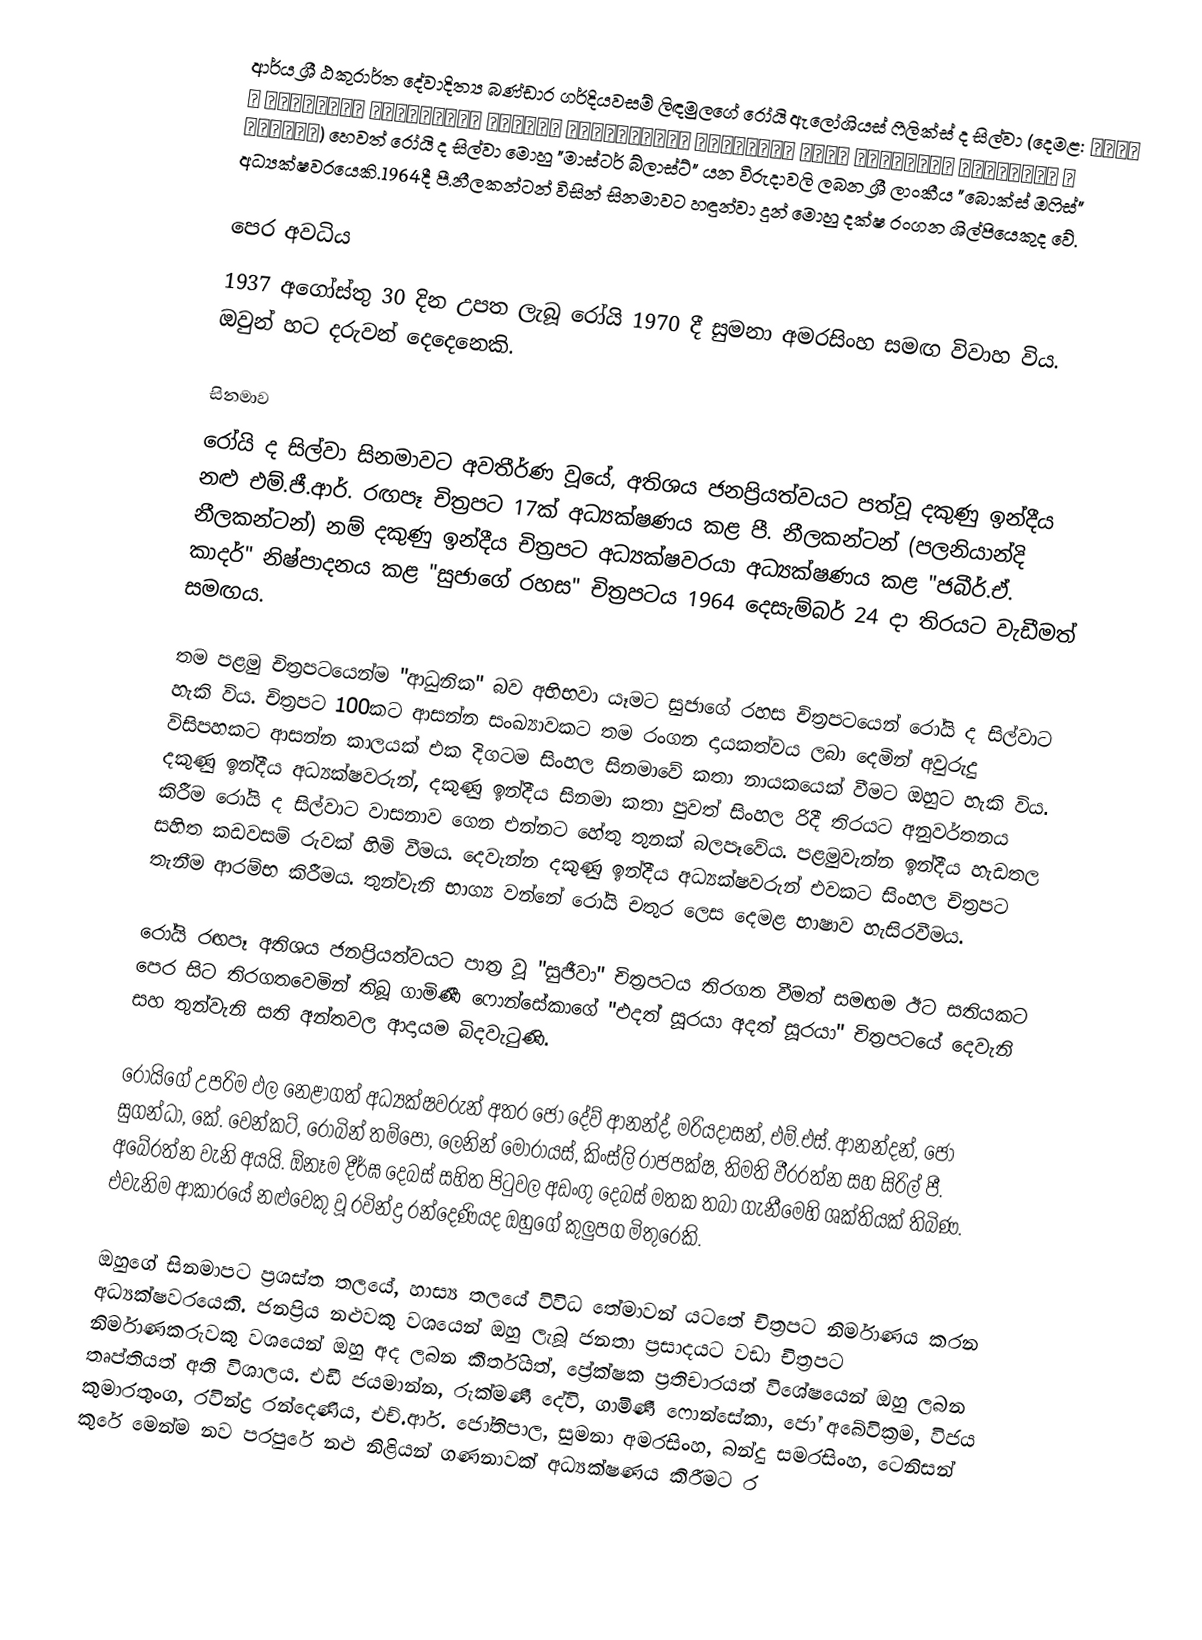
ආර්ය ශ්‍රී ඨකුරාර්ත දේවාදිත්‍ය බණ්ඩාර ගර්දියවසම් ලිඳමුලගේ රෝයි ඇලෝශියස් ෆීලික්ස් ද සිල්වා (දෙමළ: ஆரயா இ தகுரார்த தேவாதித்ய பள்டார கர்தியவசம் லிதமுளகே ரோயீ அலோசியச் பீளிக்ச் த சில்வா)  හෙවත් රෝයි ද සිල්වා මොහු "මාස්ටර් බ්ලාස්ට්" යන විරුදාවලි ලබන ශ්‍රී ලාංකීය "බොක්ස් ඔෆිස්" අධ්‍යක්ෂවරයෙකි.1964දී පී.නීලකන්ටන් විසින් සිනමාවට හඳුන්වා දුන් මොහු දක්ෂ රංගන ශිල්පියෙකුද වේ.

පෙර අවධිය
1937 අගෝස්තු 30 දින උපත ලැබූ රෝයි 1970 දී සුමනා අමරසිංහ සමඟ විවාහ විය. ඔවුන් හට දරුවන් දෙදෙනෙකි.

සිනමාව
රෝයි ද සිල්වා සිනමාවට අවතීර්ණ වූයේ, අතිශය ජනප්‍රියත්වයට පත්වූ දකුණු ඉන්දීය නළු එම්.ජී.ආර්. රඟපෑ චිත්‍රපට 17ක් අධ්‍යක්ෂණය කළ පී. නීලකන්ටන් (පලනියාන්දි නීලකන්ටන්) නම් දකුණු ඉන්දීය චිත්‍රපට අධ්‍යක්ෂවරයා අධ්‍යක්ෂණය කළ "ජබීර්.ඒ. කාදර්" නිෂ්පාදනය කළ "සුජාගේ රහස" චිත්‍රපටය 1964 දෙසැම්බර් 24 දා තිරයට වැඩීමත් සමඟය.

තම පළමු චිත්‍රපටයෙන්ම "ආධුනික" බව අභිභවා යෑමට සුජාගේ රහස චිත්‍රපටයෙන් රෝයි ද සිල්වාට හැකි විය. චිත්‍රපට 100කට ආසන්න සංඛ්‍යාවකට තම රංගන දායකත්වය ලබා දෙමින් අවුරුදු විසිපහකට ආසන්න කාලයක් එක දිගටම සිංහල සිනමාවේ කතා නායකයෙක් වීමට ඔහුට හැකි විය. දකුණු ඉන්දීය අධ්‍යක්ෂවරුන්, දකුණු ඉන්දීය සිනමා කතා පුවත් සිංහල රිදී තිරයට අනුවර්තනය කිරීම රෝයි ද සිල්වාට වාසනාව ගෙන එන්නට හේතු තුනක් බලපෑවේය. පළමුවැන්න ඉන්දීය හැඩතල සහිත කඩවසම් රුවක් හිමි වීමය. දෙවැන්න දකුණු ඉන්දීය අධ්‍යක්ෂවරුන් එවකට සිංහල චිත්‍රපට තැනීම ආරම්භ කිරීමය. තුන්වැනි භාග්‍ය වන්නේ රෝයි චතුර ලෙස දෙමළ භාෂාව හැසිරවීමය.

රෝයි රඟපෑ අතිශය ජනප්‍රියත්වයට පාත්‍ර වූ "සුජීවා" චිත්‍රපටය තිරගත වීමත් සමඟම ඊට සතියකට පෙර සිට තිරගතවෙමින් තිබූ ගාමිණී ෆොන්සේකාගේ "එදත් සූරයා අදත් සූරයා" චිත්‍රපටයේ දෙවැනි සහ තුන්වැනි සති අන්තවල ආදායම බිදවැටුණි.

රෝයිගේ උපරිම ඵල නෙළාගත් අධ්‍යක්ෂවරුන් අතර ජෝ දේව් ආනන්ද්, මරියදාසන්, එම්.එස්. ආනන්දන්, ජෝ සුගන්ධා, කේ. වෙන්කට්, රොබින් තම්පෝ, ලෙනින් මොරායස්, කිංස්ලි රාජපක්ෂ, තිමති වීරරත්න සහ සිරිල් පී. අබේරත්න වැනි අයයි. ඕනෑම දීර්ඝ දෙබස් සහිත පිටුවල අඩංගු දෙබස් මතක තබා ගැනීමෙහි ශක්තියක් තිබිණ. එවැනිම ආකාරයේ නළුවෙකු වූ රවින්ද්‍ර රන්දෙණියද ඔහුගේ කුලුපග මිතුරෙකි.

ඔහුගේ සිනමාපට ප්‍රශස්ත තලයේ, හාස්‍ය තලයේ විවිධ තේමාවන් යටතේ චිත්‍රපට නිර්මාණය කරන අධ්‍යක්ෂවරයෙකි. ජනප්‍රිය නළුවකු වශයෙන් ඔහු ලැබූ ජනතා ප්‍රසාදයට වඩා චිත්‍රපට නිර්මාණකරුවකු වශයෙන් ඔහු අද ලබන කීර්තියත්, ප්‍රේක්ෂක ප්‍රතිචාරයත් විශේෂයෙන් ඔහු ලබන තෘප්තියත් අති විශාලය. එඩී ජයමාන්න, රුක්මණී දේවි, ගාමිණී ෆොන්සේකා, ජෝ අබේවික්‍රම, විජය කුමාරතුංග, රවින්ද්‍ර රන්දෙණිය, එච්.ආර්. ජෝතිපාල, සුමනා අමරසිංහ, බන්දු සමරසිංහ, ටෙනිසන් කුරේ මෙන්ම නව පරපුරේ නළු නිළියන් ගණනාවක් අධ්‍යක්ෂණය කිරීමට ර